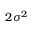
2 \sigma ^ { 2 }